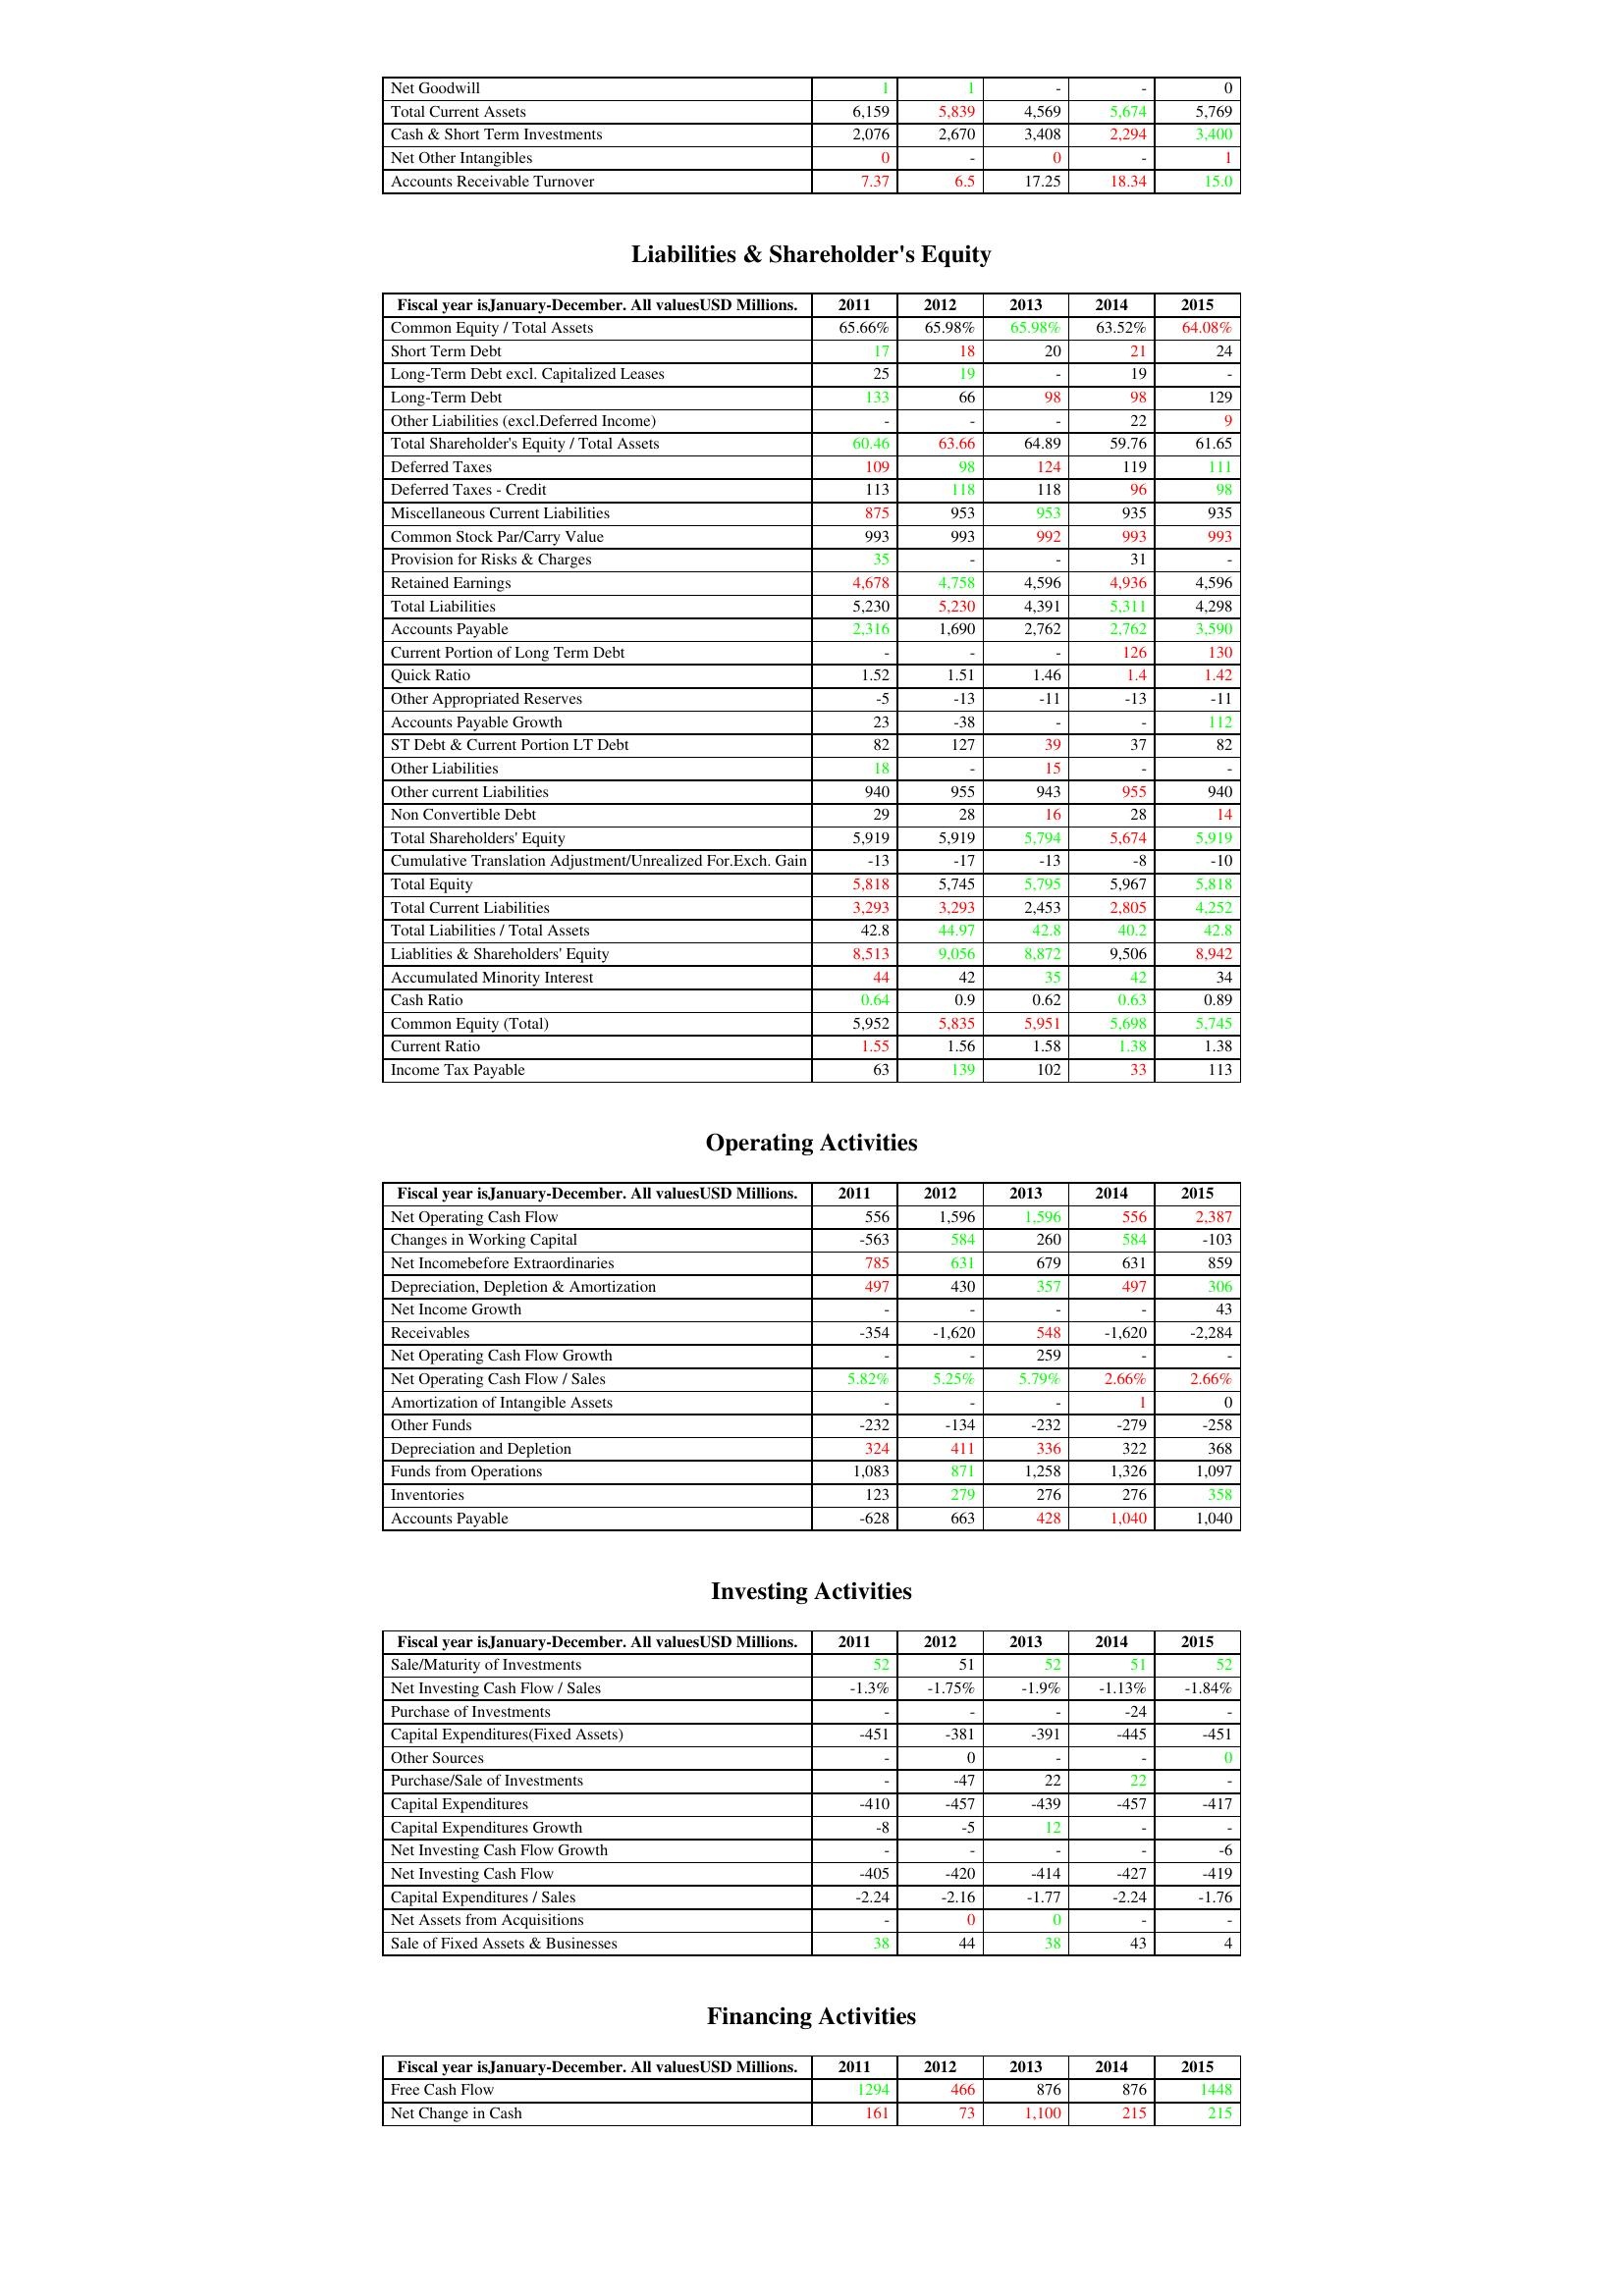
gt_parse: 2011: Assets: Net Goodwill: 1
Total Current Assets: 6,159
Cash & Short Term Investments: 2,076
Net Other Intangibles: 0
Accounts Receivable Turnover: 7.37
Liabilities & Shareholder's Equity: Common Equity / Total Assets: 65.66%
Short Term Debt: 17
Long-Term Debt excl. Capitalized Leases: 25
Long-Term Debt: 133
Other Liabilities (excl.Deferred Income): -
Total Shareholder's Equity / Total Assets: 60.46
Deferred Taxes: 109
Deferred Taxes - Credit: 113
Miscellaneous Current Liabilities: 875
Common Stock Par/Carry Value: 993
Provision for Risks & Charges: 35
Retained Earnings: 4,678
Total Liabilities: 5,230
Accounts Payable: 2,316
Current Portion of Long Term Debt: -
Quick Ratio: 1.52
Other Appropriated Reserves: -5
Accounts Payable Growth: 23
ST Debt & Current Portion LT Debt: 82
Other Liabilities: 18
Other current Liabilities: 940
Non Convertible Debt: 29
Total Shareholders' Equity: 5,919
Cumulative Translation Adjustment/Unrealized For.Exch. Gain: -13
Total Equity: 5,818
Total Current Liabilities: 3,293
Total Liabilities / Total Assets: 42.8
Liablities & Shareholders' Equity: 8,513
Accumulated Minority Interest: 44
Cash Ratio: 0.64
Common Equity (Total): 5,952
Current Ratio: 1.55
Income Tax Payable: 63
Operating Activities: Net Operating Cash Flow: 556
Changes in Working Capital: -563
Net Incomebefore Extraordinaries: 785
Depreciation, Depletion & Amortization: 497
Net Income Growth: -
Receivables: -354
Net Operating Cash Flow Growth: -
Net Operating Cash Flow / Sales: 5.82%
Amortization of Intangible Assets: -
Other Funds: -232
Depreciation and Depletion: 324
Funds from Operations: 1,083
Inventories: 123
Accounts Payable: -628
Investing Activities: Sale/Maturity of Investments: 52
Net Investing Cash Flow / Sales: -1.3%
Purchase of Investments: -
Capital Expenditures(Fixed Assets): -451
Other Sources: -
Purchase/Sale of Investments: -
Capital Expenditures: -410
Capital Expenditures Growth: -8
Net Investing Cash Flow Growth: -
Net Investing Cash Flow: -405
Capital Expenditures / Sales: -2.24
Net Assets from Acquisitions: -
Sale of Fixed Assets & Businesses: 38
Financing Activities: Free Cash Flow: 1294
Net Change in Cash: 161
2012: Assets: Net Goodwill: 1
Total Current Assets: 5,839
Cash & Short Term Investments: 2,670
Net Other Intangibles: -
Accounts Receivable Turnover: 6.5
Liabilities & Shareholder's Equity: Common Equity / Total Assets: 65.98%
Short Term Debt: 18
Long-Term Debt excl. Capitalized Leases: 19
Long-Term Debt: 66
Other Liabilities (excl.Deferred Income): -
Total Shareholder's Equity / Total Assets: 63.66
Deferred Taxes: 98
Deferred Taxes - Credit: 118
Miscellaneous Current Liabilities: 953
Common Stock Par/Carry Value: 993
Provision for Risks & Charges: -
Retained Earnings: 4,758
Total Liabilities: 5,230
Accounts Payable: 1,690
Current Portion of Long Term Debt: -
Quick Ratio: 1.51
Other Appropriated Reserves: -13
Accounts Payable Growth: -38
ST Debt & Current Portion LT Debt: 127
Other Liabilities: -
Other current Liabilities: 955
Non Convertible Debt: 28
Total Shareholders' Equity: 5,919
Cumulative Translation Adjustment/Unrealized For.Exch. Gain: -17
Total Equity: 5,745
Total Current Liabilities: 3,293
Total Liabilities / Total Assets: 44.97
Liablities & Shareholders' Equity: 9,056
Accumulated Minority Interest: 42
Cash Ratio: 0.9
Common Equity (Total): 5,835
Current Ratio: 1.56
Income Tax Payable: 139
Operating Activities: Net Operating Cash Flow: 1,596
Changes in Working Capital: 584
Net Incomebefore Extraordinaries: 631
Depreciation, Depletion & Amortization: 430
Net Income Growth: -
Receivables: -1,620
Net Operating Cash Flow Growth: -
Net Operating Cash Flow / Sales: 5.25%
Amortization of Intangible Assets: -
Other Funds: -134
Depreciation and Depletion: 411
Funds from Operations: 871
Inventories: 279
Accounts Payable: 663
Investing Activities: Sale/Maturity of Investments: 51
Net Investing Cash Flow / Sales: -1.75%
Purchase of Investments: -
Capital Expenditures(Fixed Assets): -381
Other Sources: 0
Purchase/Sale of Investments: -47
Capital Expenditures: -457
Capital Expenditures Growth: -5
Net Investing Cash Flow Growth: -
Net Investing Cash Flow: -420
Capital Expenditures / Sales: -2.16
Net Assets from Acquisitions: 0
Sale of Fixed Assets & Businesses: 44
Financing Activities: Free Cash Flow: 466
Net Change in Cash: 73
2013: Assets: Net Goodwill: -
Total Current Assets: 4,569
Cash & Short Term Investments: 3,408
Net Other Intangibles: 0
Accounts Receivable Turnover: 17.25
Liabilities & Shareholder's Equity: Common Equity / Total Assets: 65.98%
Short Term Debt: 20
Long-Term Debt excl. Capitalized Leases: -
Long-Term Debt: 98
Other Liabilities (excl.Deferred Income): -
Total Shareholder's Equity / Total Assets: 64.89
Deferred Taxes: 124
Deferred Taxes - Credit: 118
Miscellaneous Current Liabilities: 953
Common Stock Par/Carry Value: 992
Provision for Risks & Charges: -
Retained Earnings: 4,596
Total Liabilities: 4,391
Accounts Payable: 2,762
Current Portion of Long Term Debt: -
Quick Ratio: 1.46
Other Appropriated Reserves: -11
Accounts Payable Growth: -
ST Debt & Current Portion LT Debt: 39
Other Liabilities: 15
Other current Liabilities: 943
Non Convertible Debt: 16
Total Shareholders' Equity: 5,794
Cumulative Translation Adjustment/Unrealized For.Exch. Gain: -13
Total Equity: 5,795
Total Current Liabilities: 2,453
Total Liabilities / Total Assets: 42.8
Liablities & Shareholders' Equity: 8,872
Accumulated Minority Interest: 35
Cash Ratio: 0.62
Common Equity (Total): 5,951
Current Ratio: 1.58
Income Tax Payable: 102
Operating Activities: Net Operating Cash Flow: 1,596
Changes in Working Capital: 260
Net Incomebefore Extraordinaries: 679
Depreciation, Depletion & Amortization: 357
Net Income Growth: -
Receivables: 548
Net Operating Cash Flow Growth: 259
Net Operating Cash Flow / Sales: 5.79%
Amortization of Intangible Assets: -
Other Funds: -232
Depreciation and Depletion: 336
Funds from Operations: 1,258
Inventories: 276
Accounts Payable: 428
Investing Activities: Sale/Maturity of Investments: 52
Net Investing Cash Flow / Sales: -1.9%
Purchase of Investments: -
Capital Expenditures(Fixed Assets): -391
Other Sources: -
Purchase/Sale of Investments: 22
Capital Expenditures: -439
Capital Expenditures Growth: 12
Net Investing Cash Flow Growth: -
Net Investing Cash Flow: -414
Capital Expenditures / Sales: -1.77
Net Assets from Acquisitions: 0
Sale of Fixed Assets & Businesses: 38
Financing Activities: Free Cash Flow: 876
Net Change in Cash: 1,100
2014: Assets: Net Goodwill: -
Total Current Assets: 5,674
Cash & Short Term Investments: 2,294
Net Other Intangibles: -
Accounts Receivable Turnover: 18.34
Liabilities & Shareholder's Equity: Common Equity / Total Assets: 63.52%
Short Term Debt: 21
Long-Term Debt excl. Capitalized Leases: 19
Long-Term Debt: 98
Other Liabilities (excl.Deferred Income): 22
Total Shareholder's Equity / Total Assets: 59.76
Deferred Taxes: 119
Deferred Taxes - Credit: 96
Miscellaneous Current Liabilities: 935
Common Stock Par/Carry Value: 993
Provision for Risks & Charges: 31
Retained Earnings: 4,936
Total Liabilities: 5,311
Accounts Payable: 2,762
Current Portion of Long Term Debt: 126
Quick Ratio: 1.4
Other Appropriated Reserves: -13
Accounts Payable Growth: -
ST Debt & Current Portion LT Debt: 37
Other Liabilities: -
Other current Liabilities: 955
Non Convertible Debt: 28
Total Shareholders' Equity: 5,674
Cumulative Translation Adjustment/Unrealized For.Exch. Gain: -8
Total Equity: 5,967
Total Current Liabilities: 2,805
Total Liabilities / Total Assets: 40.2
Liablities & Shareholders' Equity: 9,506
Accumulated Minority Interest: 42
Cash Ratio: 0.63
Common Equity (Total): 5,698
Current Ratio: 1.38
Income Tax Payable: 33
Operating Activities: Net Operating Cash Flow: 556
Changes in Working Capital: 584
Net Incomebefore Extraordinaries: 631
Depreciation, Depletion & Amortization: 497
Net Income Growth: -
Receivables: -1,620
Net Operating Cash Flow Growth: -
Net Operating Cash Flow / Sales: 2.66%
Amortization of Intangible Assets: 1
Other Funds: -279
Depreciation and Depletion: 322
Funds from Operations: 1,326
Inventories: 276
Accounts Payable: 1,040
Investing Activities: Sale/Maturity of Investments: 51
Net Investing Cash Flow / Sales: -1.13%
Purchase of Investments: -24
Capital Expenditures(Fixed Assets): -445
Other Sources: -
Purchase/Sale of Investments: 22
Capital Expenditures: -457
Capital Expenditures Growth: -
Net Investing Cash Flow Growth: -
Net Investing Cash Flow: -427
Capital Expenditures / Sales: -2.24
Net Assets from Acquisitions: -
Sale of Fixed Assets & Businesses: 43
Financing Activities: Free Cash Flow: 876
Net Change in Cash: 215
2015: Assets: Net Goodwill: 0
Total Current Assets: 5,769
Cash & Short Term Investments: 3,400
Net Other Intangibles: 1
Accounts Receivable Turnover: 15.0
Liabilities & Shareholder's Equity: Common Equity / Total Assets: 64.08%
Short Term Debt: 24
Long-Term Debt excl. Capitalized Leases: -
Long-Term Debt: 129
Other Liabilities (excl.Deferred Income): 9
Total Shareholder's Equity / Total Assets: 61.65
Deferred Taxes: 111
Deferred Taxes - Credit: 98
Miscellaneous Current Liabilities: 935
Common Stock Par/Carry Value: 993
Provision for Risks & Charges: -
Retained Earnings: 4,596
Total Liabilities: 4,298
Accounts Payable: 3,590
Current Portion of Long Term Debt: 130
Quick Ratio: 1.42
Other Appropriated Reserves: -11
Accounts Payable Growth: 112
ST Debt & Current Portion LT Debt: 82
Other Liabilities: -
Other current Liabilities: 940
Non Convertible Debt: 14
Total Shareholders' Equity: 5,919
Cumulative Translation Adjustment/Unrealized For.Exch. Gain: -10
Total Equity: 5,818
Total Current Liabilities: 4,252
Total Liabilities / Total Assets: 42.8
Liablities & Shareholders' Equity: 8,942
Accumulated Minority Interest: 34
Cash Ratio: 0.89
Common Equity (Total): 5,745
Current Ratio: 1.38
Income Tax Payable: 113
Operating Activities: Net Operating Cash Flow: 2,387
Changes in Working Capital: -103
Net Incomebefore Extraordinaries: 859
Depreciation, Depletion & Amortization: 306
Net Income Growth: 43
Receivables: -2,284
Net Operating Cash Flow Growth: -
Net Operating Cash Flow / Sales: 2.66%
Amortization of Intangible Assets: 0
Other Funds: -258
Depreciation and Depletion: 368
Funds from Operations: 1,097
Inventories: 358
Accounts Payable: 1,040
Investing Activities: Sale/Maturity of Investments: 52
Net Investing Cash Flow / Sales: -1.84%
Purchase of Investments: -
Capital Expenditures(Fixed Assets): -451
Other Sources: 0
Purchase/Sale of Investments: -
Capital Expenditures: -417
Capital Expenditures Growth: -
Net Investing Cash Flow Growth: -6
Net Investing Cash Flow: -419
Capital Expenditures / Sales: -1.76
Net Assets from Acquisitions: -
Sale of Fixed Assets & Businesses: 4
Financing Activities: Free Cash Flow: 1448
Net Change in Cash: 215